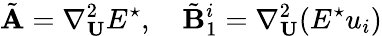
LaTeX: \tilde{\mathbf{A}}=\nabla_{\mathbf{U}}^{2}E^{\star},\quad\tilde{\mathbf{B}}_{1}^{i}=\nabla_{\mathbf{U}}^{2}(E^{\star}u_{i})